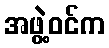
အဖွဲ့ဝင်က